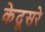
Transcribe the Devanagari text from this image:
केदूसरे